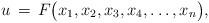
LaTeX: \begin{align*}u\,=\,F\big(x_1,x_2,x_3,x_4,\dots,x_n\big),\end{align*}